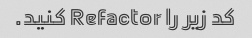
کد زیر را Refactor کنید.